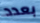
بعدد